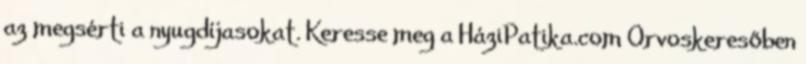
az megsérti a nyugdíjasokat. Keresse meg a HáziPatika.com Orvoskeresőben